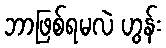
ဘာဖြစ်ရမလဲ ဟွန်း